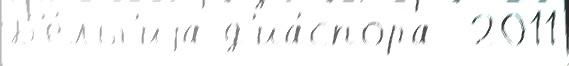
Б'е́льг'иjа д'иа́спора  2011